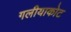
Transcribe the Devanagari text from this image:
गलीयाकोट